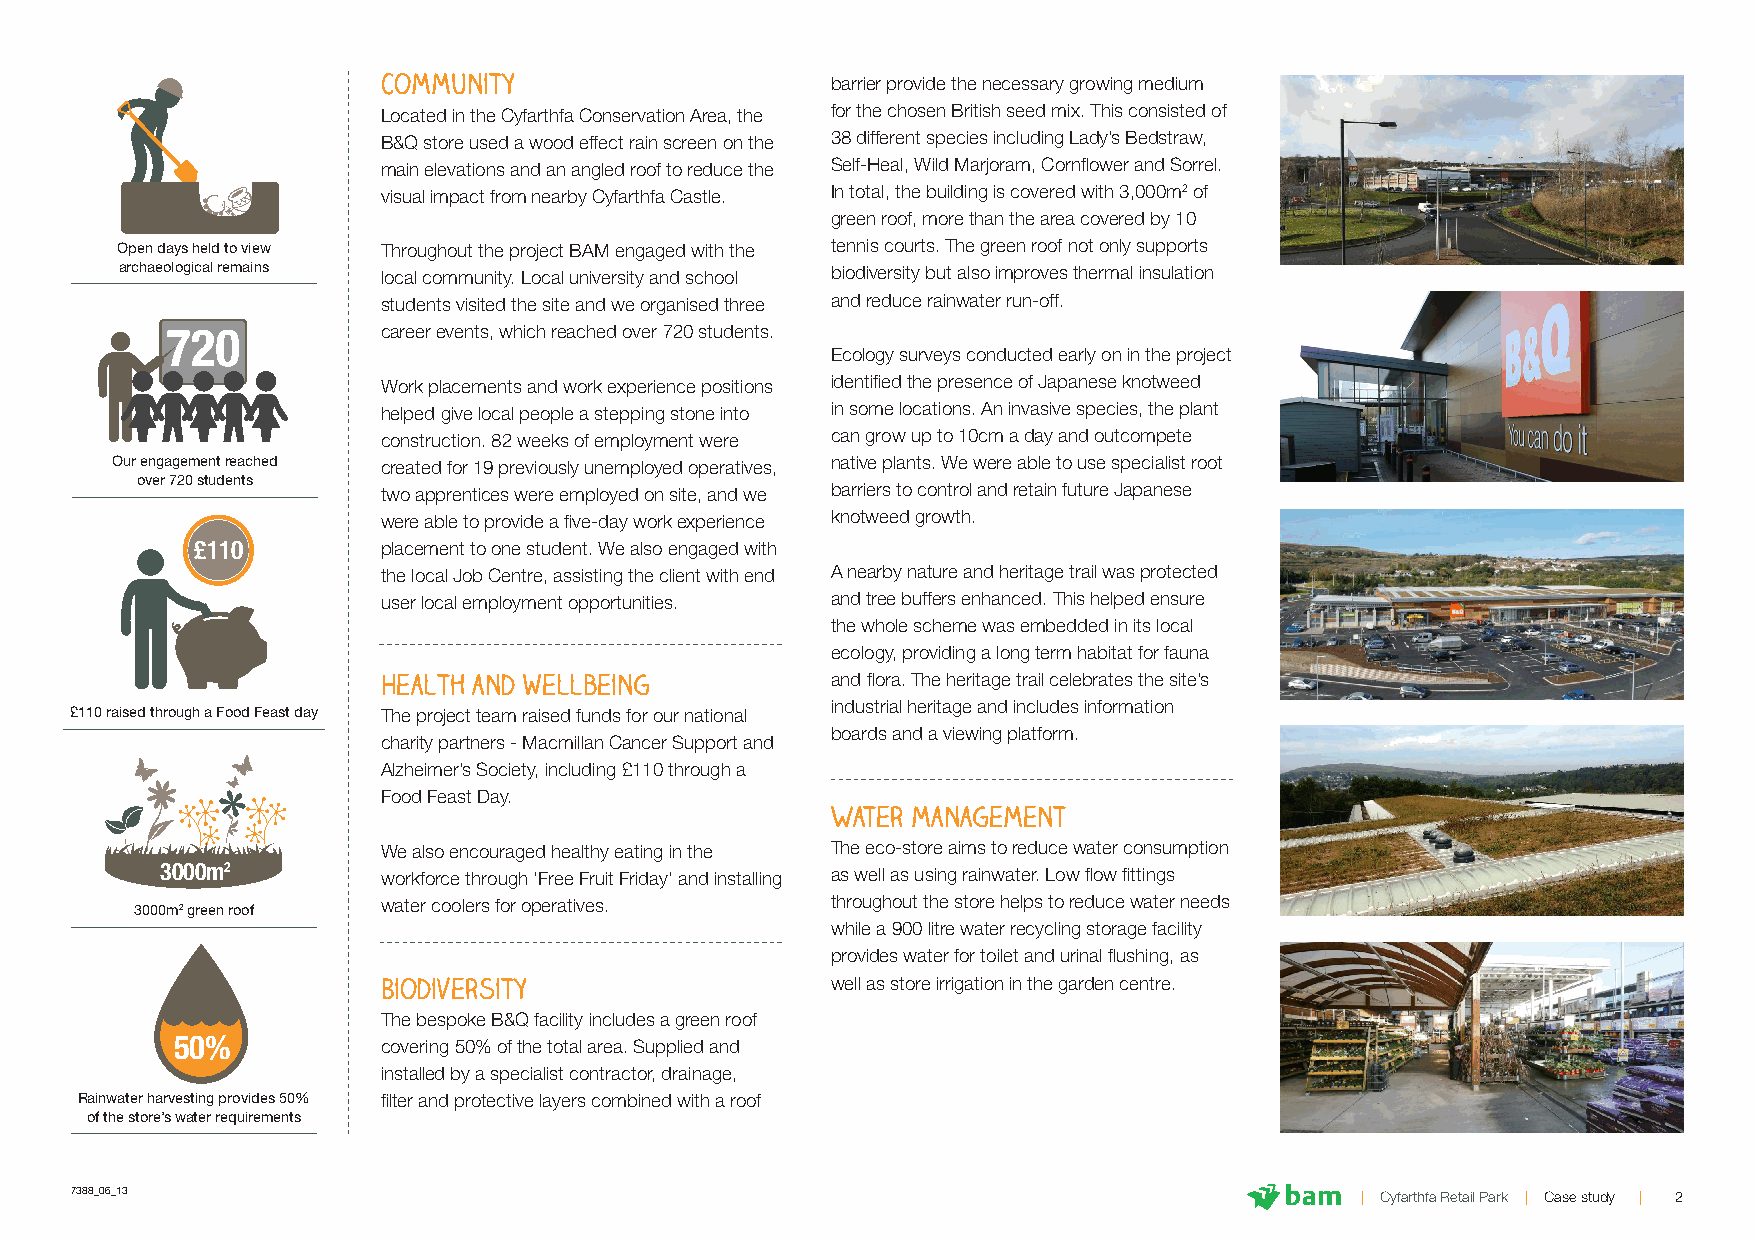
Community                     barrier provide the necessary growing medium
 Located in the Cyfarthfa Conservation Area, the for the chosen British seed mix. This consisted of
 B&Q store used a wood effect rain screen on the 38 different species including Lady’s Bedstraw,
 main elevations and an angled roof to reduce the Self-Heal, Wild Marjoram, Cornflower and Sorrel.
 visual impact from nearby Cyfarthfa Castle. In total, the building is covered with 3,000m2 of
 green roof, more than the area covered by 10
 Open days held to view Throughout the project BAM engaged with the tennis courts. The green roof not only supports
 archaeological remains local community. Local university and school biodiversity but also improves thermal insulation
 students visited the site and we organised three and reduce rainwater run-off.
 720           career events, which reached over 720 students.
 Ecology surveys conducted early on in the project
 Work placements and work experience positions identified the presence of Japanese knotweed
 helped give local people a stepping stone into in some locations. An invasive species, the plant
 construction. 82 weeks of employment were can grow up to 10cm a day and outcompete
 Our engagement reached created for 19 previously unemployed operatives, native plants. We were able to use specialist root
 over 720 students
 two apprentices were employed on site, and we barriers to control and retain future Japanese
 were able to provide a five-day work experience knotweed growth.
 £110        placement to one student. We also engaged with
 the local Job Centre, assisting the client with end A nearby nature and heritage trail was protected
 user local employment opportunities. and tree buffers enhanced. This helped ensure
 the whole scheme was embedded in its local
 ecology, providing a long term habitat for fauna
 Health and wellbeing          and flora. The heritage trail celebrates the site’s
 industrial heritage and includes information
 £110 raised through a Food Feast day The project team raised funds for our national
 boards and a viewing platform.
 charity partners - Macmillan Cancer Support and
 Alzheimer’s Society, including £110 through a
 Food Feast Day.
 Water management
 We also encouraged healthy eating in the The eco-store aims to reduce water consumption
 3000m2        workforce through ‘Free Fruit Friday’ and installing as well as using rainwater. Low flow fittings
 water coolers for operatives. throughout the store helps to reduce water needs
 3000m2 green roof
 while a 900 litre water recycling storage facility
 provides water for toilet and urinal flushing, as
 Biodiversity                  well as store irrigation in the garden centre.
 The bespoke B&Q facility includes a green roof
 50%           covering 50% of the total area. Supplied and
 installed by a specialist contractor, drainage,
 Rainwater harvesting provides 50% filter and protective layers combined with a roof
 of the store’s water requirements
 7388_06_13                                                                           | Cyfarthfa Retail Park | Case study | 2